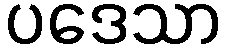
ပဒေသာ